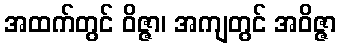
အထက်တွင် ဝိဇ္ဇာ၊ အကျတွင် အဝိဇ္ဇာ